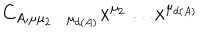
C _ { A ; \mu \mu _ { 2 } \ldots \mu _ { d ( A ) } } x ^ { \mu _ { 2 } } \ldots x ^ { \mu _ { d ( A ) } }